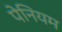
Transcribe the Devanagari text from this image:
पेनियम